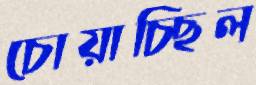
চোয়াচ্ছিল